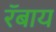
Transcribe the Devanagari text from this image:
रॅबाय